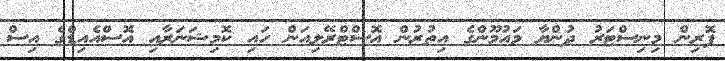
ފޮރިން މިނިސްޓަރު ދުންޔާ މައުމޫންގެ އިތުރުން އޮސްޓްރޭލިއަން ހައި ކޮމިޝަނަރާއި އޮސްއެއިޑްގެ އިސް